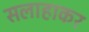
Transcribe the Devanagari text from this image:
सलाहाकर